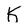
Character: K